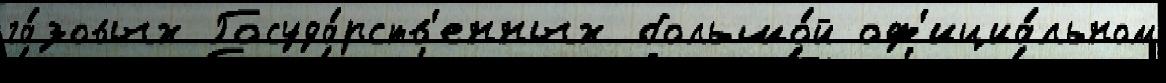
га́зовых Госуда́рств'енных большо́й оф'ициа́льном